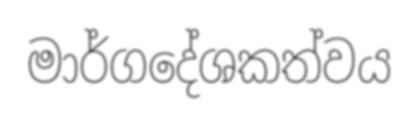
මාර්ගදේශකත්වය